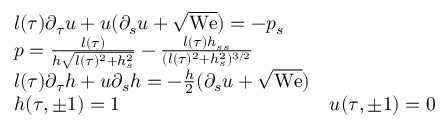
\begin{array} { r l r } & { l ( \tau ) \partial _ { \tau } u + u ( \partial _ { s } u + \sqrt { \mathrm { W e } } ) = - p _ { s } } \\ & { p = \frac { l ( \tau ) } { h \sqrt { l ( \tau ) ^ { 2 } + h _ { s } ^ { 2 } } } - \frac { l ( \tau ) h _ { s s } } { ( l ( \tau ) ^ { 2 } + h _ { s } ^ { 2 } ) ^ { 3 / 2 } } } \\ & { l ( \tau ) \partial _ { \tau } h + u \partial _ { s } h = - \frac { h } { 2 } ( \partial _ { s } u + \sqrt { \mathrm { W e } } ) } \\ & { h ( \tau , \pm 1 ) = 1 \qquad } & { u ( \tau , \pm 1 ) = 0 } \end{array}